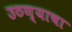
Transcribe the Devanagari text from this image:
उठण्याचा